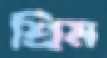
শ্রিম